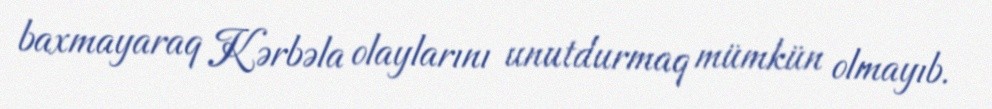
baxmayaraq Kərbəla olaylarını unutdurmaq mümkün olmayıb.